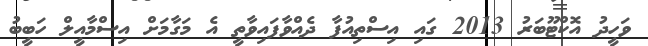
ވަހީދު އޮކްޓޫބަރު 2013 ގައި އިސްތިއުފާ ދެއްވާފައިވާތީ އެ މަގާމަށް އިސްމާއީލް ހަބީބު